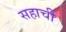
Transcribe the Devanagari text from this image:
सहाची